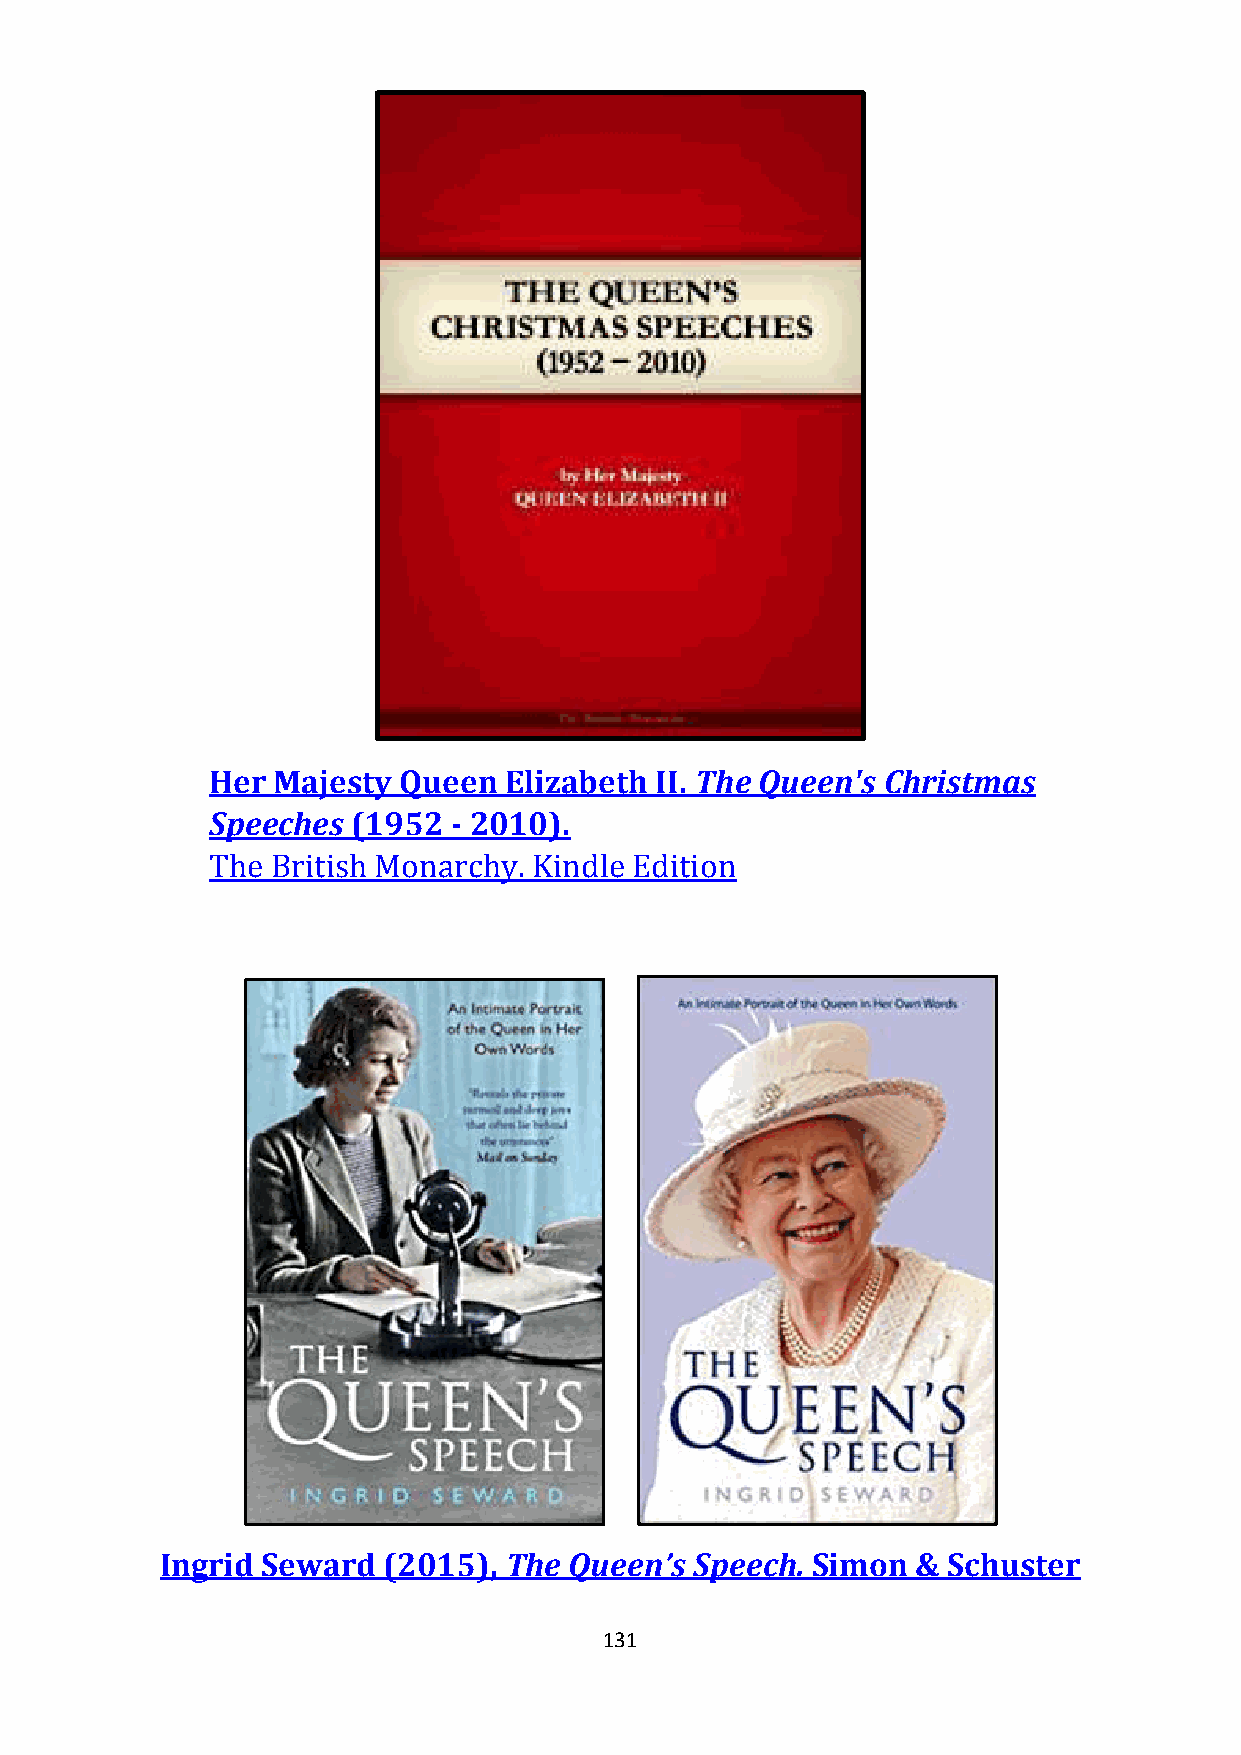
Her Majesty Queen  Elizabeth II. The Queen's Christmas
 Speeches (1952  - 2010).
 The British Monarchy. Kindle Edition
 Ingrid Seward (2015), The  Queen’s Speech. Simon  & Schuster
 131